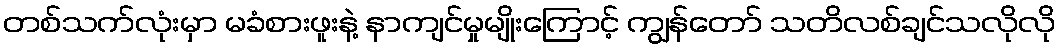
တစ်သက်လုံးမှာ မခံစားဖူးနဲ့ နာကျင်မှုမျိုးကြောင့် ကျွန်တော် သတိလစ်ချင်သလိုလို